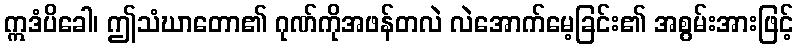
ဣဒံပိခေါ၊ ဤသံဃာတော၏ ဂုဏ်ကိုအဖန်တလဲ လဲအောက်မေ့ခြင်း၏ အစွမ်းအားဖြင့်